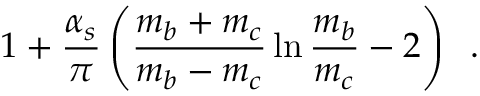
1 + \frac { \alpha _ { s } } { \pi } \left( \frac { m _ { b } + m _ { c } } { m _ { b } - m _ { c } } \ln \frac { m _ { b } } { m _ { c } } - 2 \right) \; \; .